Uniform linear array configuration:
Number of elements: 24
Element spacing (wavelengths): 0.75
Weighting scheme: exponential
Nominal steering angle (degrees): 0
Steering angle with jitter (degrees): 1.82
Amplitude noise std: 0.05
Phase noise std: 0.05

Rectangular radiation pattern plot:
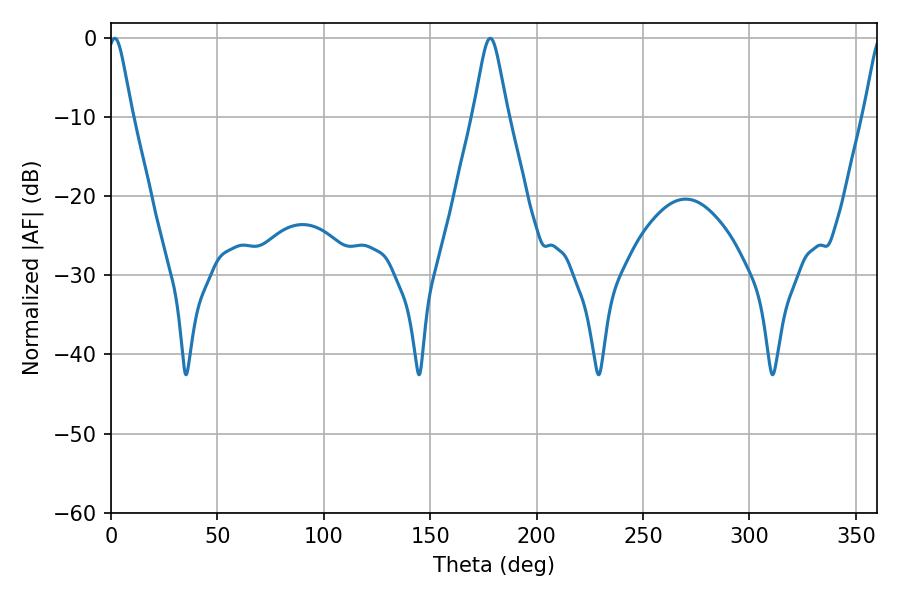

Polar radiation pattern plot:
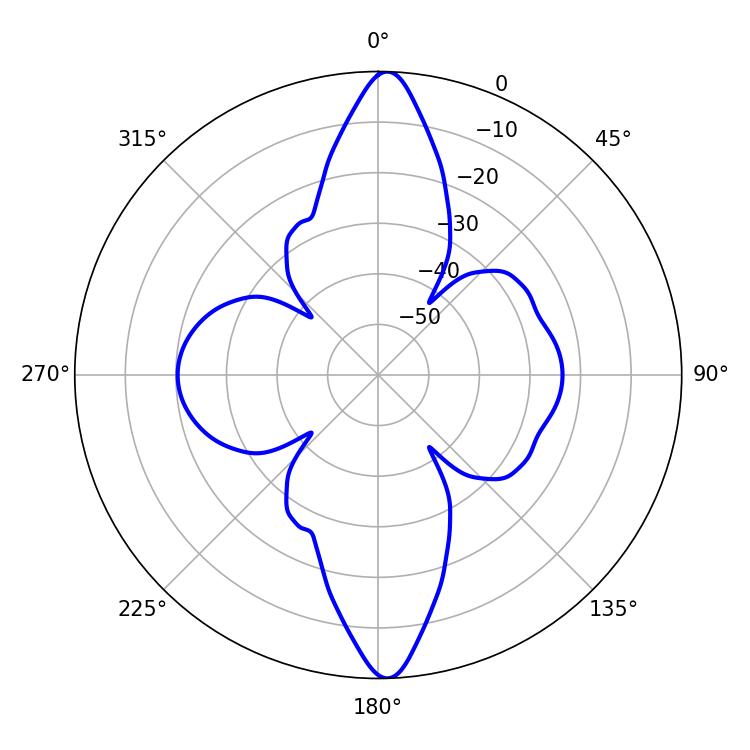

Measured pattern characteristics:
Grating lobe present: TRUE
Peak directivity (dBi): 24.009
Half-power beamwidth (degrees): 5.58
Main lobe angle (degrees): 1.8